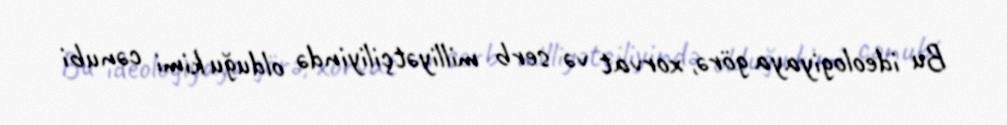
Bu ideologiyaya görə, xorvat və serb milliyətçiliyində olduğu kimi cənubi